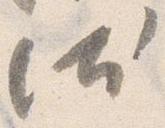
汰